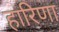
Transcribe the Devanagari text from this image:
हारिणा